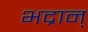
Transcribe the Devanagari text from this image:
भद्रान्